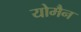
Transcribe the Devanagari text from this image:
योमैन